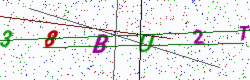
Text: 38BU2T